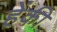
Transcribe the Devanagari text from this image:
हेंकी